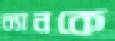
চ্যানকে